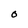
Character: O